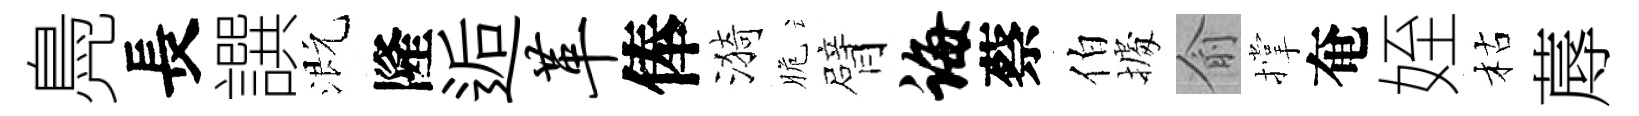
鳧長譔溉隆逅革俸漪脆臂诲蔡伯𢴃俞撑奄姪枯蓐